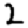
Digit: 2